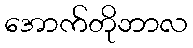
အောက်တိုဘာလ